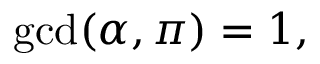
\operatorname* { g c d } ( \alpha , \pi ) = 1 ,